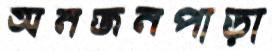
অনজনপাড়া